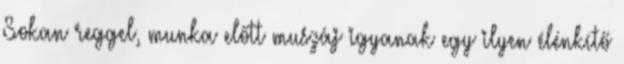
Sokan reggel, munka előtt muszáj igyanak egy ilyen élénkítő